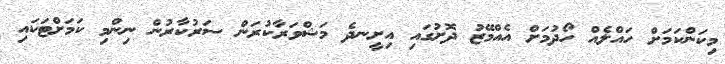
މިކަންކަމަށް ހައްލެއް ހޯދުމަށް އެއްމޭޒު ދޮށުގައި އިށީނދެ މަޝްވަރާކުރަން ސަރުކާރުން ނިންމި ކަމަށްޓަކައި